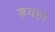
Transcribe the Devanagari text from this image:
डवहा